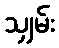
သျှမ်း